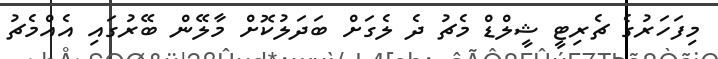
މިފަހަރުގެ ޗެރިޓީ ޝީލްޑް މެޗު ދެ ލެގަށް ބަދަލުކޮށް މާލޭން ބޭރުގައި އެއްމެޗު